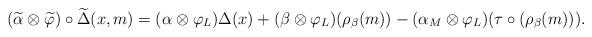
LaTeX: \begin{align*}(\widetilde{\alpha} \otimes \widetilde{\varphi} ) \circ \widetilde{\Delta}(x,m) = (\alpha \otimes \varphi_L) \Delta(x)+( \beta \otimes \varphi_L ) (\rho_{\beta}(m))-( \alpha_M \otimes \varphi_L ) (\tau \circ (\rho_{\beta}(m))).\end{align*}